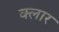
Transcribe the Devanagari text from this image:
क्लार